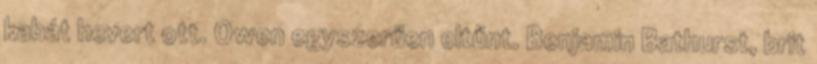
kabát hevert ott. Owen egyszerűen eltűnt. Benjamin Bathurst, brit